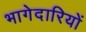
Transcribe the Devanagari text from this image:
भागेदारियों